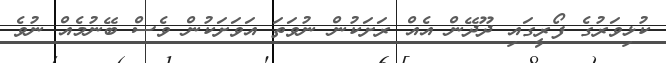
ކުޅިވަރުގެ ފޯރީގައި ދޫދޭން އެއް ރަށަކުން ނުވަތަ އަވަށަކުން ވެސް ބޭނުމެއް ނުވެ